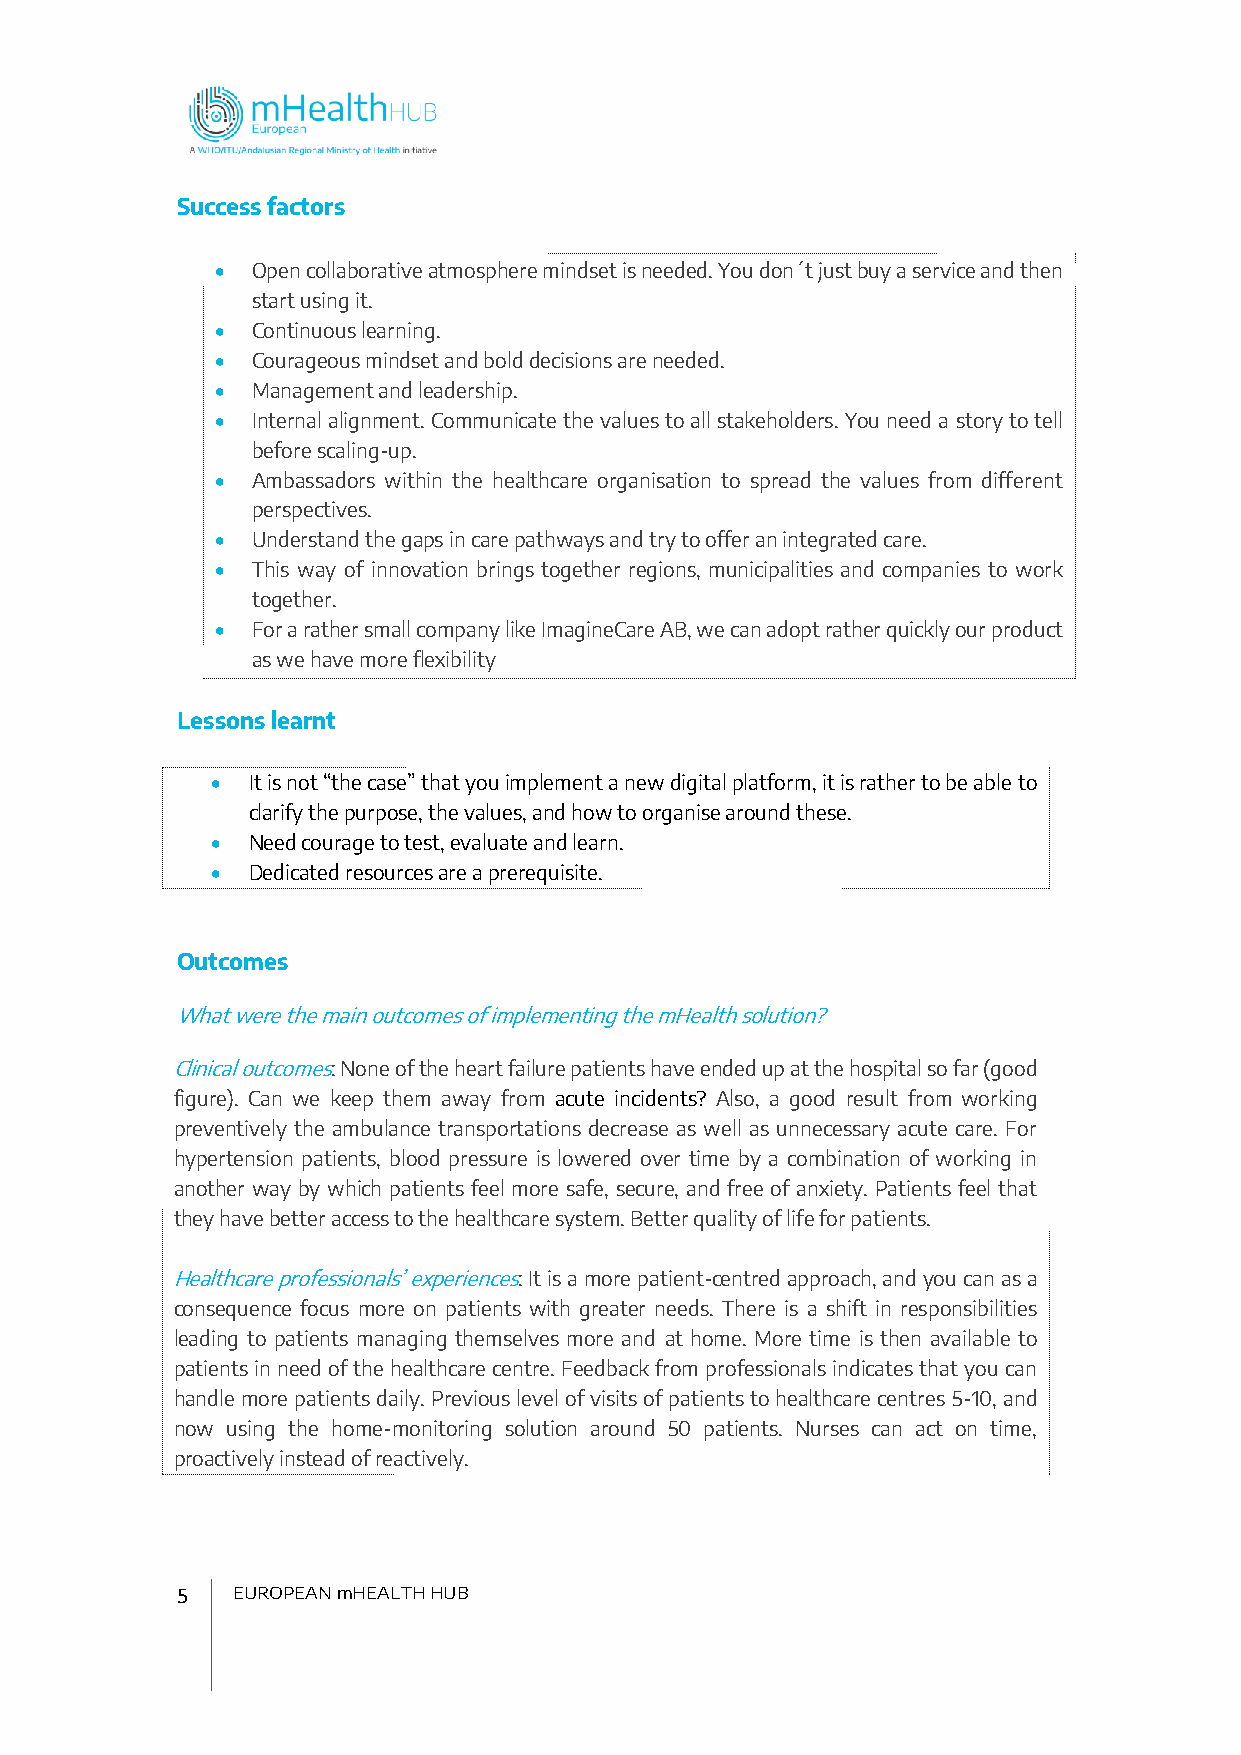
Success factors
 •  Open collaborative atmosphere mindset is needed. You don´t just buy a service and then
 start using it.
 •  Continuous learning.
 •  Courageous mindset and bold decisions are needed.
 •  Management and leadership.
 •  Internal alignment. Communicate the values to all stakeholders. You need a story to tell
 before scaling-up.
 •  Ambassadors within the healthcare organisation to spread the values from different
 perspectives.
 •  Understand the gaps in care pathways and try to offer an integrated care.
 •  This way of innovation brings together regions, municipalities and companies to work
 together.
 •  For a rather small company like ImagineCare AB, we can adopt rather quickly our product
 as we have more flexibility
 Lessons learnt
 • It is not “the case” that you implement a new digital platform, it is rather to be able to
 clarify the purpose, the values, and how to organise around these.
 • Need courage to test, evaluate and learn.
 • Dedicated resources are a prerequisite.
 Outcomes
 What were the main outcomes of implementing the mHealth solution?
 Clinical outcomes: None of the heart failure patients have ended up at the hospital so far (good
 figure). Can we keep them away from acute incidents? Also, a good result from working
 preventively the ambulance transportations decrease as well as unnecessary acute care. For
 hypertension patients, blood pressure is lowered over time by a combination of working in
 another way by which patients feel more safe, secure, and free of anxiety. Patients feel that
 they have better access to the healthcare system. Better quality of life for patients.
 Healthcare professionals’ experiences: It is a more patient-centred approach, and you can as a
 consequence focus more on patients with greater needs. There is a shift in responsibilities
 leading to patients managing themselves more and at home. More time is then available to
 patients in need of the healthcare centre. Feedback from professionals indicates that you can
 handle more patients daily. Previous level of visits of patients to healthcare centres 5-10, and
 now using the home-monitoring solution around 50 patients. Nurses can act on time,
 proactively instead of reactively.
 5  EUROPEAN mHEALTH HUB